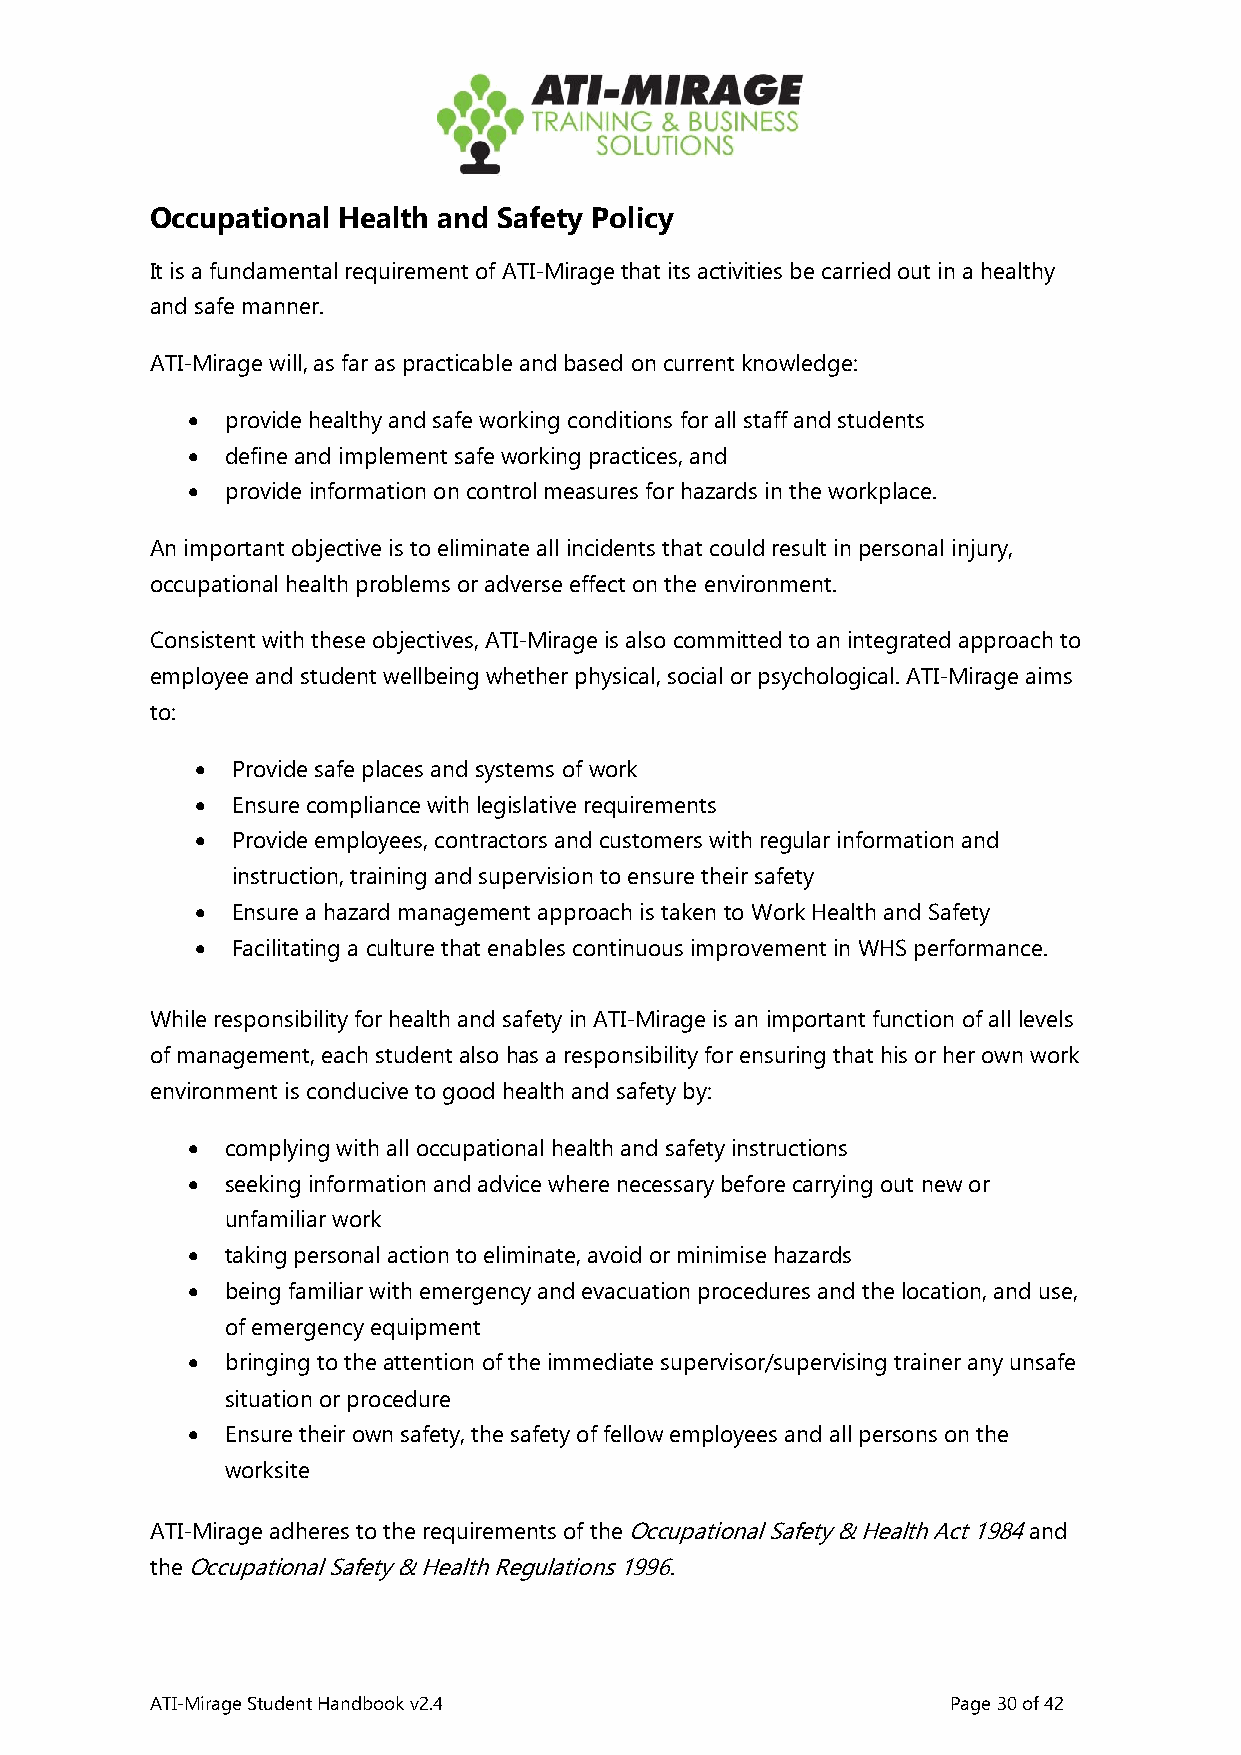
Occupational Health and Safety Policy
 It is a fundamental requirement of ATI-Mirage that its activities be carried out in a healthy
 and safe manner.
 ATI-Mirage will, as far as practicable and based on current knowledge:
 •  provide healthy and safe working conditions for all staff and students
 •  define and implement safe working practices, and
 •  provide information on control measures for hazards in the workplace.
 An important objective is to eliminate all incidents that could result in personal injury,
 occupational health problems or adverse effect on the environment.
 Consistent with these objectives, ATI-Mirage is also committed to an integrated approach to
 employee and student wellbeing whether physical, social or psychological. ATI-Mirage aims
 to:
 • Provide safe places and systems of work
 • Ensure compliance with legislative requirements
 • Provide employees, contractors and customers with regular information and
 instruction, training and supervision to ensure their safety
 • Ensure a hazard management approach is taken to Work Health and Safety
 • Facilitating a culture that enables continuous improvement in WHS performance.
 While responsibility for health and safety in ATI-Mirage is an important function of all levels
 of management, each student also has a responsibility for ensuring that his or her own work
 environment is conducive to good health and safety by:
 •  complying with all occupational health and safety instructions
 •  seeking information and advice where necessary before carrying out new or
 unfamiliar work
 •  taking personal action to eliminate, avoid or minimise hazards
 •  being familiar with emergency and evacuation procedures and the location, and use,
 of emergency equipment
 •  bringing to the attention of the immediate supervisor/supervising trainer any unsafe
 situation or procedure
 •  Ensure their own safety, the safety of fellow employees and all persons on the
 worksite
 ATI-Mirage adheres to the requirements of the Occupational Safety & Health Act 1984 and
 the Occupational Safety & Health Regulations 1996.
 ATI-Mirage Student Handbook v2.4                     Page 30 of 42